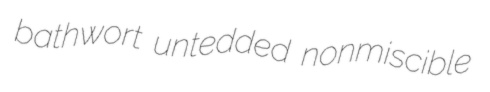
bathwort untedded nonmiscible